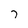
Character: 7